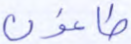
طاغون